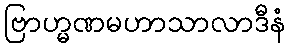
ဗြာဟ္မဏမဟာသာလာဒီနံ